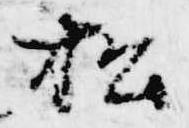
松